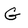
Character: G